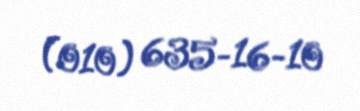
(010) 635-16-10